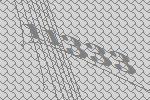
11333